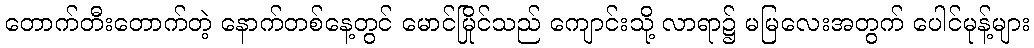
တောက်တီးတောက်တဲ့ နောက်တစ်နေ့တွင် မောင်မြိုင်သည် ကျောင်းသို့ လာရာ၌ မမြလေးအတွက် ပေါင်မုန့်များ